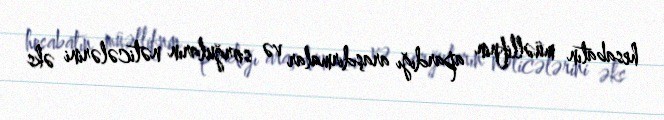
hesabatın müəllifnin apardığı araşdırmalar və sorğuların nəticələrini əks